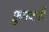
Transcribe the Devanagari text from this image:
फ़ुमबारी